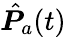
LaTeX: \hat{\boldsymbol{P}}_{a}(t)